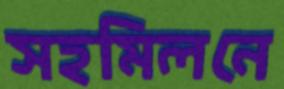
সহমিলনে